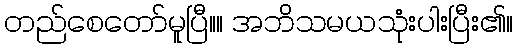
တည်စေတော်မူပြီ။။ အဘိသမယသုံးပါးပြီး၏။